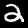
Label: 2